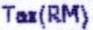
TAX(RM)